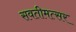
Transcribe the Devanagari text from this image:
सवतीमत्सर